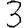
Digit: 3